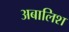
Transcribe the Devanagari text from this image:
अबालिश